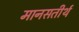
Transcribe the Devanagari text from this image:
मानसतीर्थ